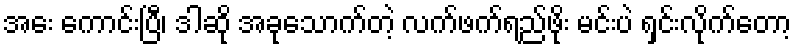
အေး ကောင်းပြီ၊ ဒါဆို အခုသောက်တဲ့ လက်ဖက်ရည်ဖိုး မင်းပဲ ရှင်းလိုက်တော့